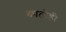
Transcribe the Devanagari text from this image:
काठोडी